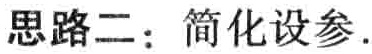
思路二：简化设参.